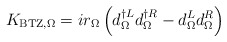
\begin{align*}K_{\rm{BTZ},\Omega} = i r_\Omega \left( d^{\dagger L}_{\Omega} d^{\dagger R}_{\Omega} - d^L_{\Omega} d^R_{\Omega}\right)\end{align*}